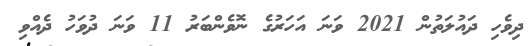
ދިވެހި ދައުލަތުން 2021 ވަނަ އަހަރުގެ ނޮވެންބަރު 11 ވަނަ ދުވަހު ދެއްވި